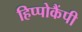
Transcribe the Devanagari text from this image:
हिप्पोकैंपी